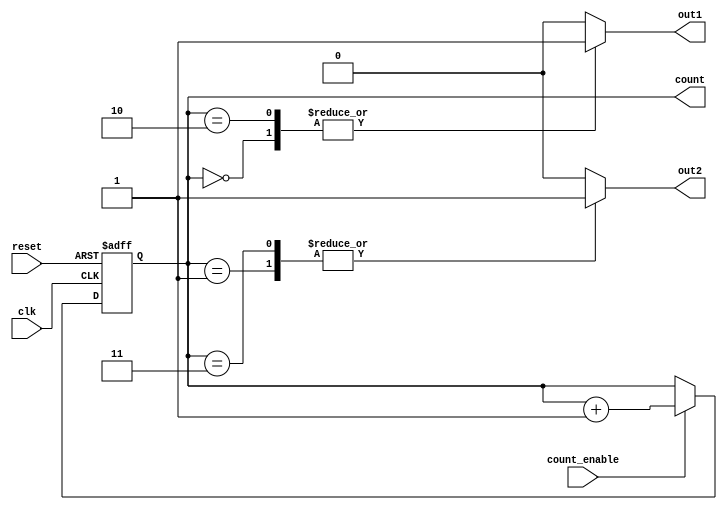
module synchronous_counter (
    input wire clk,                // Clock input
    input wire count_enable,       // Count enable signal
    input wire reset,              // Asynchronous reset signal
    output reg [3:0] count,        // 4-bit counter register
    output reg out1,               // Output signal 1
    output reg out2                // Output signal 2
);

// Synchronous reset and counting
always @(posedge clk or posedge reset) begin
    if (reset) begin
        count <= 4'b0000;         // Reset counter to 0
    end else if (count_enable) begin
        count <= count + 1;       // Increment counter on enable
    end
end

// Output control logic based on current count value
always @(*) begin
    // Default outputs
    out1 = 0;
    out2 = 0;

    // Control logic to define outputs based on count value
    case (count)
        4'b0000: begin
            out1 = 1;  // Example condition for count 0
            out2 = 0;
        end
        4'b0001: begin
            out1 = 0;
            out2 = 1;  // Example condition for count 1
        end
        4'b0010: begin
            out1 = 1;  // Example condition for count 2
            out2 = 0;
        end
        4'b0011: begin
            out1 = 0;
            out2 = 1;  // Example condition for count 3
        end
        // Add additional cases for other count values as needed
        // Limit case handling if necessary
        default: begin
            out1 = 0;
            out2 = 0;  // Default state if count exceeds specific conditions
        end
    endcase
end

endmodule